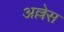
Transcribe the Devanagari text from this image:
अल्लेस